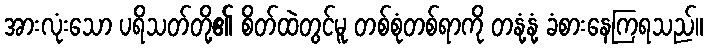
အားလုံးသော ပရိသတ်တို့၏ စိတ်ထဲတွင်မူ တစ်စုံတစ်ရာကို တနုံ့နုံ့ ခံစားနေကြရသည်။